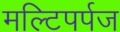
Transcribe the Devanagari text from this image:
मल्टिपर्पज